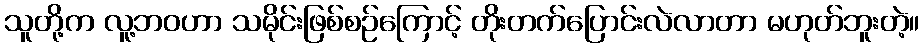
သူတို့က လူ့ဘဝဟာ သမိုင်းဖြစ်စဉ်ကြောင့် တိုးတက်ပြောင်းလဲလာတာ မဟုတ်ဘူးတဲ့။